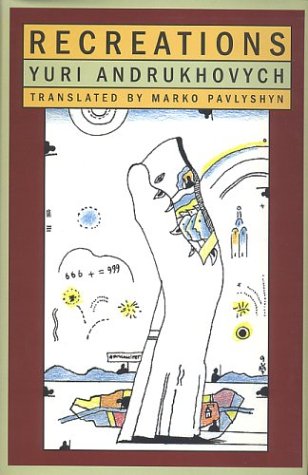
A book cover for Recreations; Yuri Andrukhovych; Literature & Fiction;